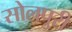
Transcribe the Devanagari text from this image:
सोलपुरी